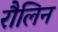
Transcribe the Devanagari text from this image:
रौलिन